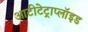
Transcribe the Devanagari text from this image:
आटीटेट्राप्लॉइड